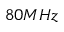
8 0 M H z